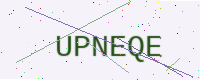
Text: UPNEQE